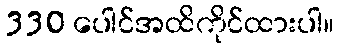
330 ပေါင်အထိကိုင်ထားပါ။